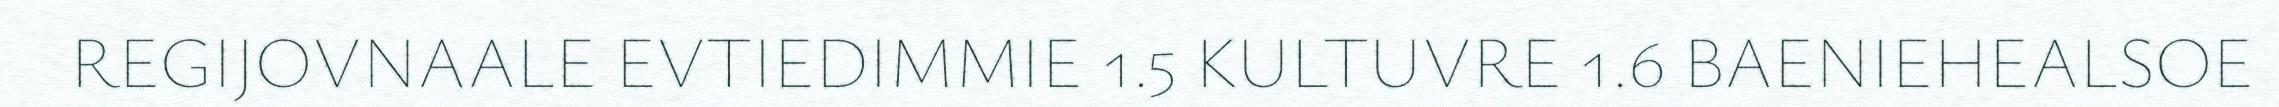
REGIJOVNAALE EVTIEDIMMIE 1.5 KULTUVRE 1.6 BAENIEHEALSOE